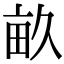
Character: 畝